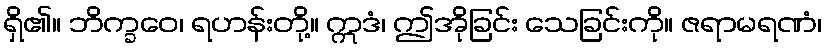
ရှိ၏။ ဘိက္ခဝေ၊ ရဟန်းတို့။ ဣဒံ၊ ဤအိုခြင်း သေခြင်းကို။ ဇရာမရဏံ၊